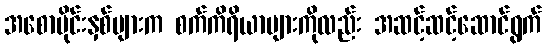
အစောပိုင်းနှစ်များက စက်ကိရိယာများကိုလည်း အဆင့်ဆင့်ဆောင်ရွက်